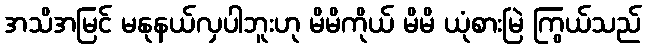
အသိအမြင် မနုနယ်လှပါဘူးဟု မိမိကိုယ် မိမိ ယုံစားမြဲ ကြွယ်သည်